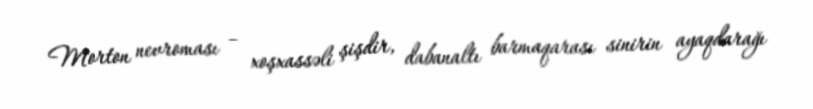
Morton nevroması – xoşxassəli şişdir, dabanaltı barmaqarası sinirin ayaqdarağı